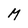
Character: M